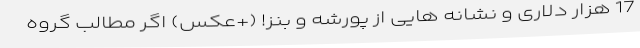
17 هزار دلاری و نشانه هایی از پورشه و بنز! (+عکس) اگر مطالب گروه